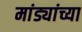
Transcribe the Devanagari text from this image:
मांड्यांच्या